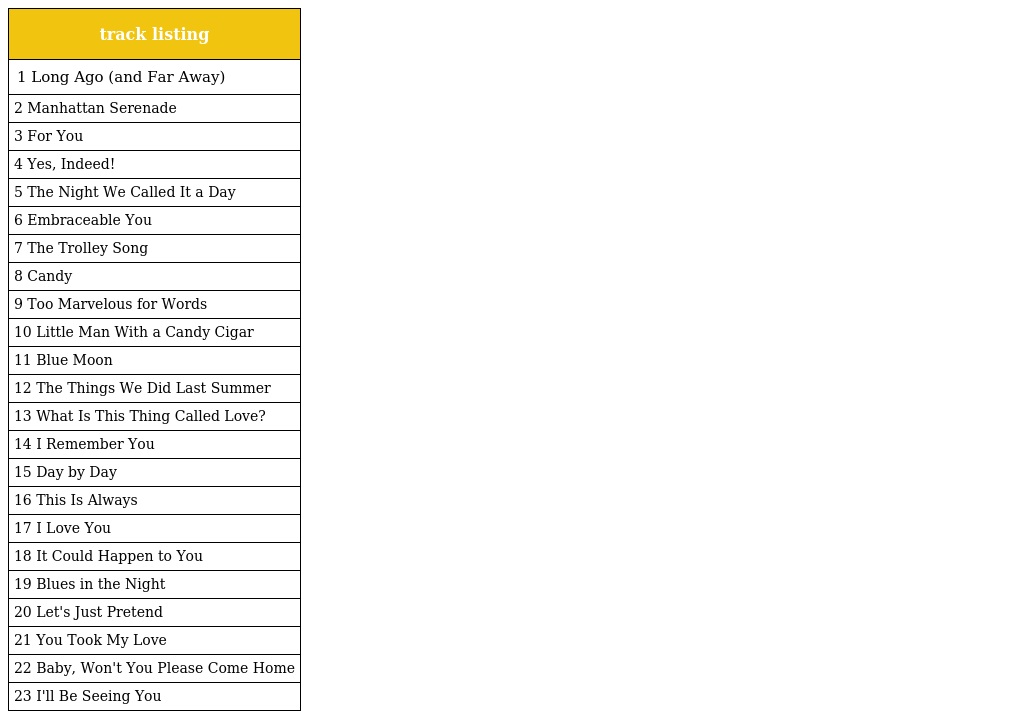
| track listing |
 | --- |
 | 1 Long Ago (and Far Away) |
 | 2 Manhattan Serenade |
 | 3 For You |
 | 4 Yes, Indeed! |
 | 5 The Night We Called It a Day |
 | 6 Embraceable You |
 | 7 The Trolley Song |
 | 8 Candy |
 | 9 Too Marvelous for Words |
 | 10 Little Man With a Candy Cigar |
 | 11 Blue Moon |
 | 12 The Things We Did Last Summer |
 | 13 What Is This Thing Called Love? |
 | 14 I Remember You |
 | 15 Day by Day |
 | 16 This Is Always |
 | 17 I Love You |
 | 18 It Could Happen to You |
 | 19 Blues in the Night |
 | 20 Let's Just Pretend |
 | 21 You Took My Love |
 | 22 Baby, Won't You Please Come Home |
 | 23 I'll Be Seeing You |